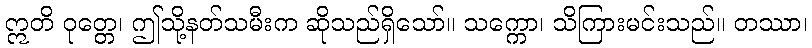
ဣတိ ဝုတ္တေ၊ ဤသို့နတ်သမီးက ဆိုသည်ရှိသော်။ သက္ကော၊ သိကြားမင်းသည်။ တဿာ၊